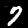
Digit: 7